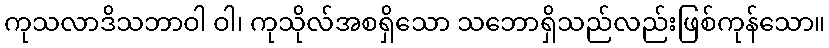
ကုသလာဒိသဘာဝါ ဝါ၊ ကုသိုလ်အစရှိသော သဘောရှိသည်လည်းဖြစ်ကုန်သော။